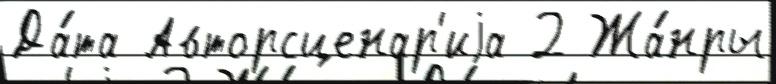
Да́та Авторсценар'иjа 2 Жа́нры